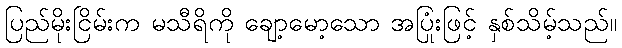
ပြည်မိုးငြိမ်းက မသီရိကို ချော့မော့သော အပြုံးဖြင့် နှစ်သိမ့်သည်။